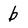
Character: b